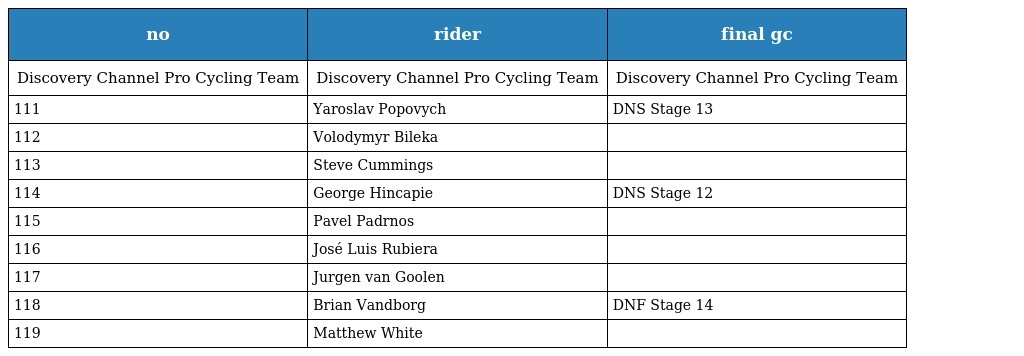
| no | rider | final gc |
 | --- | --- | --- |
 | Discovery Channel Pro Cycling Team | Discovery Channel Pro Cycling Team | Discovery Channel Pro Cycling Team |
 | 111 | Yaroslav Popovych | DNS Stage 13 |
 | 112 | Volodymyr Bileka |  |
 | 113 | Steve Cummings |  |
 | 114 | George Hincapie | DNS Stage 12 |
 | 115 | Pavel Padrnos |  |
 | 116 | José Luis Rubiera |  |
 | 117 | Jurgen van Goolen |  |
 | 118 | Brian Vandborg | DNF Stage 14 |
 | 119 | Matthew White |  |